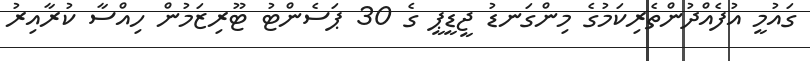
ގައުމީ އުފެއްދުންތެރިކަމުގެ މިންގަނޑު ޖީޑީޕީ ގެ 30 ޕަސެންޓު ޓޫރިޒަމުން ހިއްސާ ކުރާއިރު